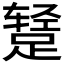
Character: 𫏕